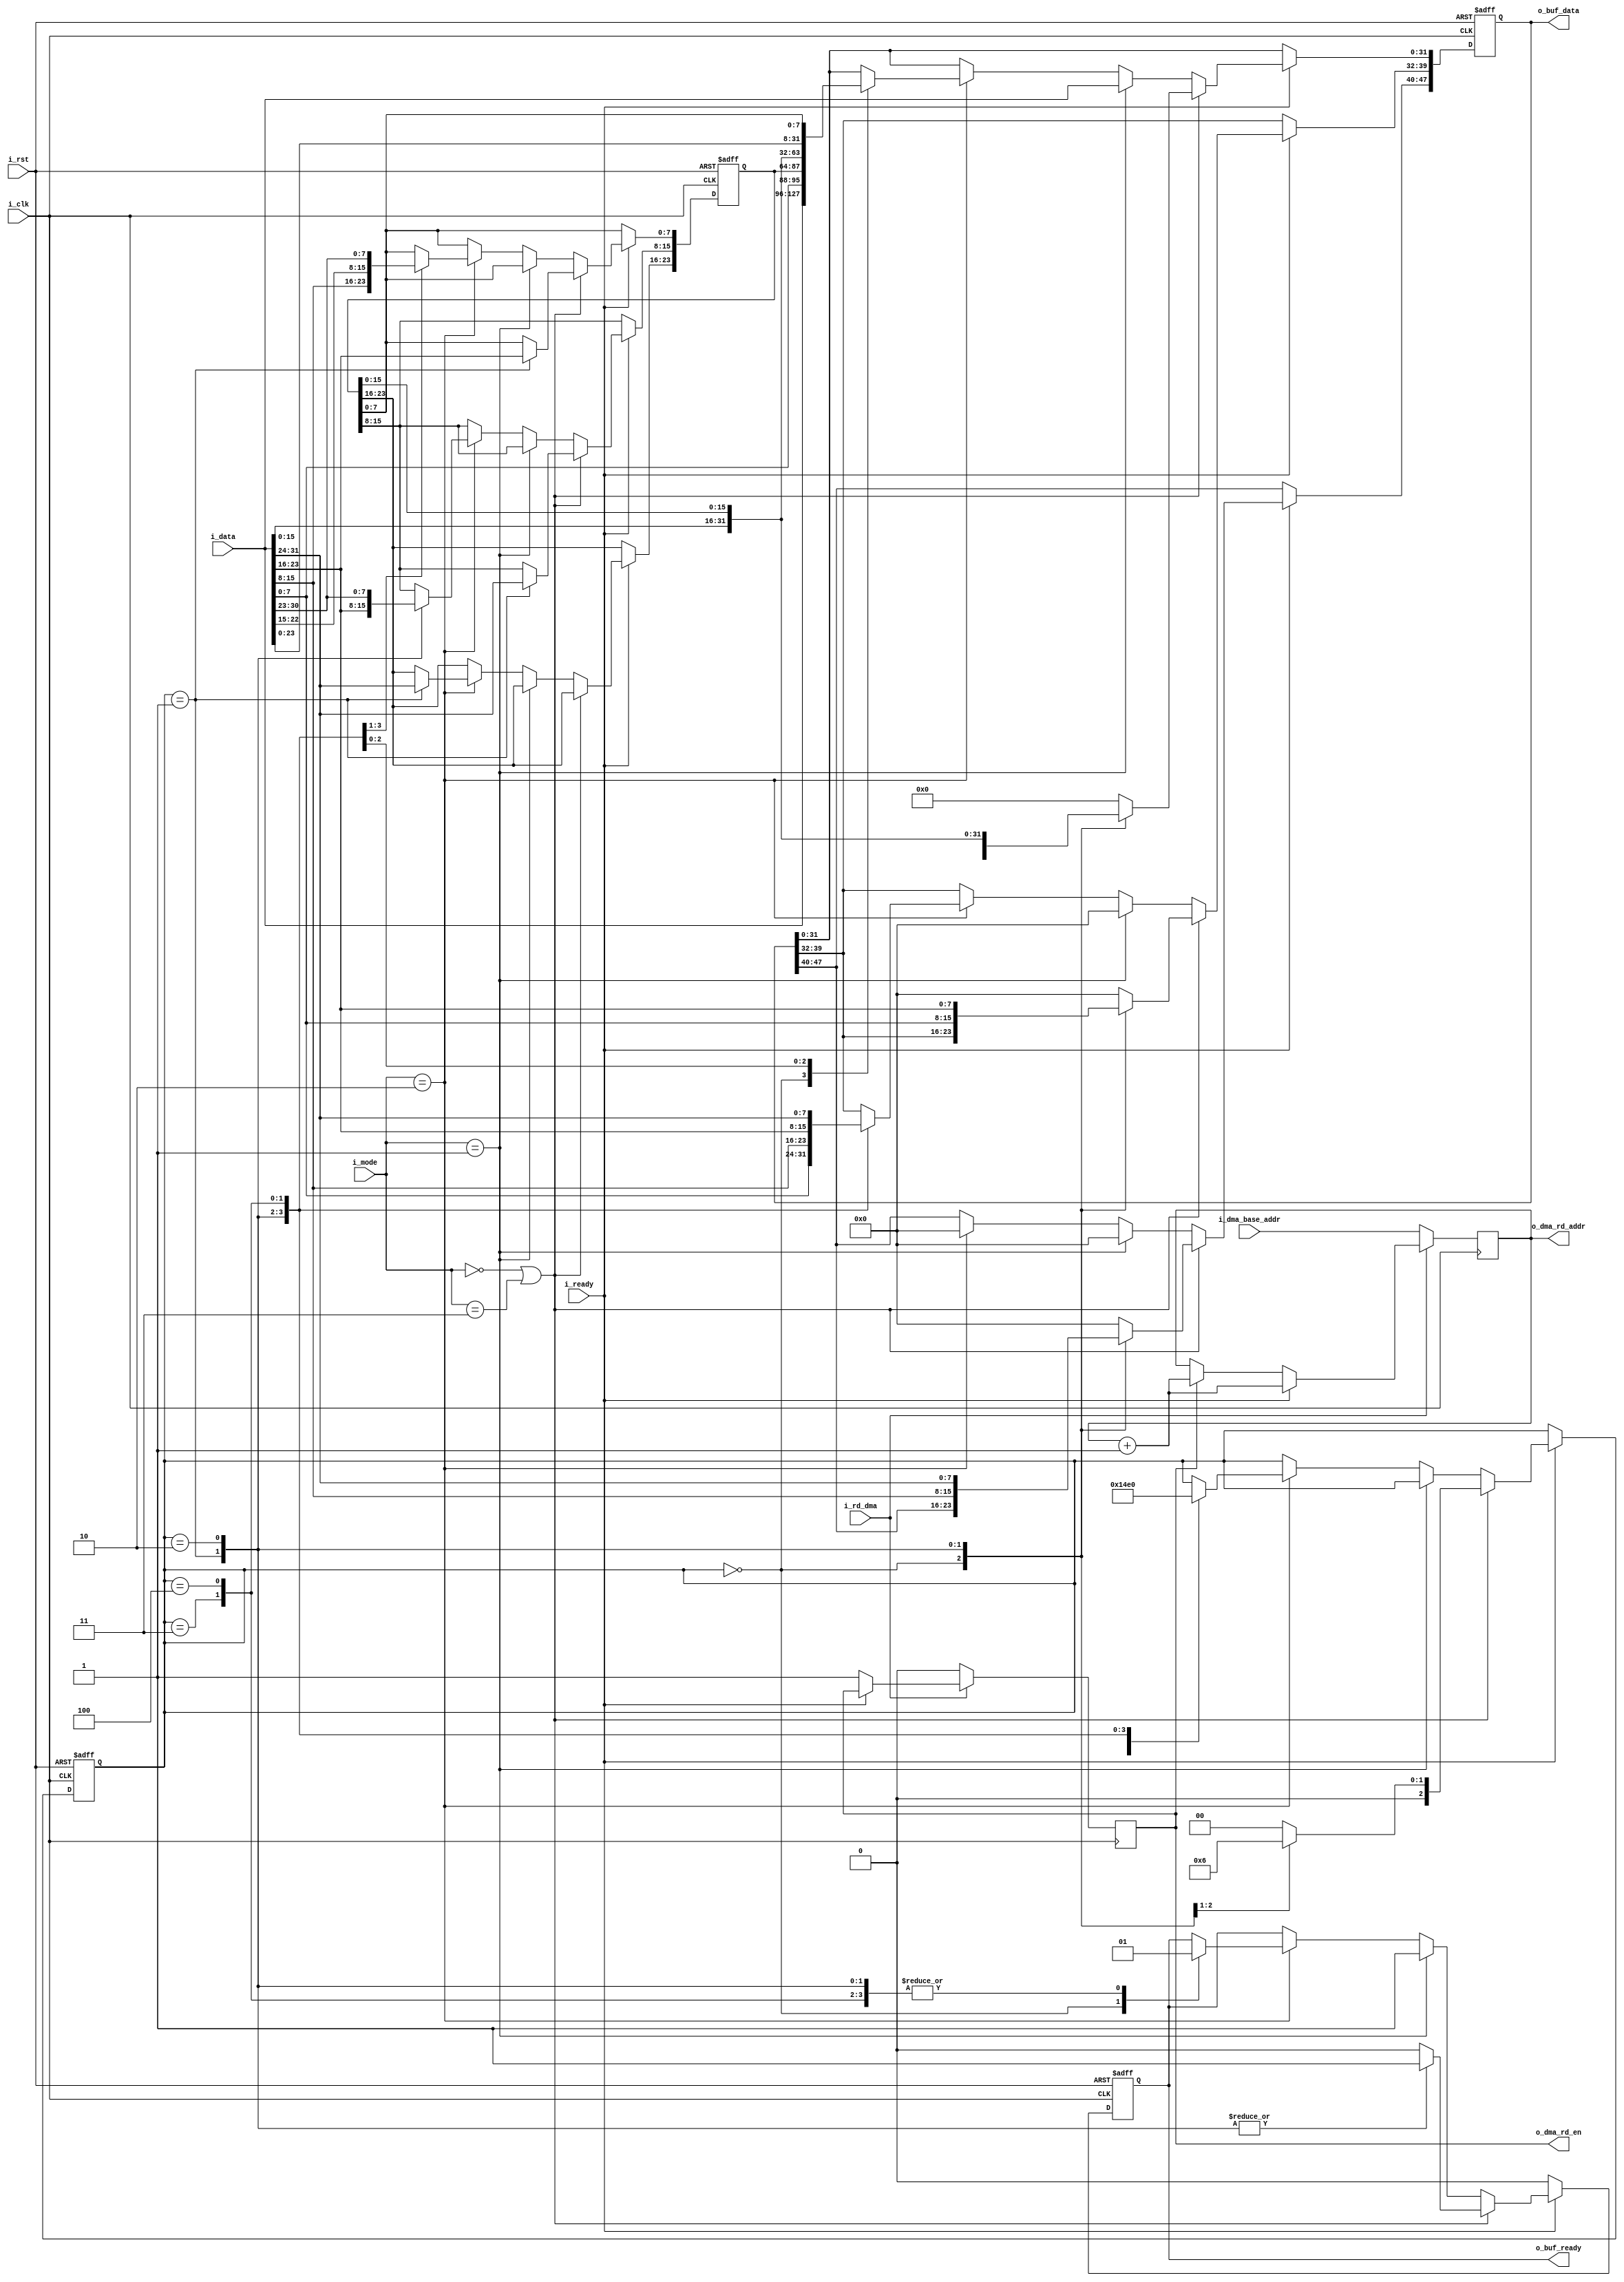
module nn_rd_buffer
#(parameter
	INPUT_WIDTH = 32,
	OUTPUT_WIDTH = 48,
	DMA_ADDR_WIDTH = 32
	)
(
	input i_clk,
	input i_rst,

	input [DMA_ADDR_WIDTH-1:0] i_dma_base_addr,
	input i_rd_dma,

	input [INPUT_WIDTH-1:0] i_data,
	input i_ready,
	input [1:0] i_mode,

	output reg [DMA_ADDR_WIDTH-1:0] o_dma_rd_addr,
	output reg o_dma_rd_en,

	output reg [OUTPUT_WIDTH-1:0] o_buf_data,
	output reg o_buf_ready
	);
	
	reg [2:0] wr_flag;

	reg [23:0] tmp_data;

	always @(posedge i_clk) begin
		if (i_rd_dma) begin
			if (i_ready) begin
				o_dma_rd_addr <= o_dma_rd_addr+1;
			end
			else begin
				o_dma_rd_en <= 1;
				if (o_dma_rd_en) o_dma_rd_addr <= o_dma_rd_addr+1;
			end
		end
		else begin
			o_dma_rd_en <= 0;
			o_dma_rd_addr <= i_dma_base_addr;
		end
	end

	always @(posedge i_clk or negedge i_rst) begin
		if (~i_rst) begin
			o_buf_data <= 48'b0;
			o_buf_ready <= 1'b0;
			wr_flag <= 0;
			tmp_data <= 23'b0;
		end
		else if (i_ready) begin
			if (i_mode==2'b00 || i_mode==2'b11) begin // 3*3 or 6*6
				case (wr_flag)
					3'd0: begin
						o_buf_data[31:0] <= i_data;
						o_buf_ready <= 0;
						wr_flag <= 3'd1;
					end
					3'd1: begin
						o_buf_data[47:32] <= i_data[15:0];
						o_buf_ready <= 1;
						tmp_data[15:0] <= i_data[31:16];
						wr_flag <= 3'd2;
					end
					3'd2: begin
						o_buf_data <= {i_data, tmp_data[15:0]};
						o_buf_ready <= 1;
						wr_flag <= 3'd0;
					end
					default: begin
						o_buf_data <= 0;
						o_buf_ready <= 0;
						wr_flag <= 3'd0;
					end
				endcase
			end
			else if (i_mode==2'b01) begin // 4*4
				o_buf_data[47:32] <= 16'b0;
				o_buf_data[31:0] <= i_data;
				o_buf_ready <= 1;
			end
			else if (i_mode==2'b10) begin // 5*5
				o_buf_data[47:40] <= 8'b0;
				case (wr_flag)
					3'd0: begin
						o_buf_data[31:0] <= i_data;
						o_buf_ready <= 0;
						wr_flag <= 3'd1;
					end
					3'd1: begin
						o_buf_data[39:32] <= i_data[7:0];
						o_buf_ready <= 1;
						tmp_data <= i_data[31:8];
						wr_flag <= 3'd2;
					end
					3'd2: begin
						o_buf_data[39:0] <= {i_data[15:0], tmp_data};
						o_buf_ready <= 1;
						tmp_data[15:0] <= i_data[31:15];
						wr_flag <= 3'd3;
					end
					3'd3: begin
						o_buf_data[39:0] <= {i_data[23:0], tmp_data[15:0]};
						o_buf_ready <= 1;
						tmp_data[7:0] <= i_data[31:23];
						wr_flag <= 3'd4;
					end
					3'd4: begin
						o_buf_data[39:0] <= {i_data, tmp_data[7:0]};
						o_buf_ready <= 1;
						wr_flag <= 3'd0;
					end
				endcase
			end
		end
		else begin
			o_buf_ready <= 0;
		end
	end



endmodule